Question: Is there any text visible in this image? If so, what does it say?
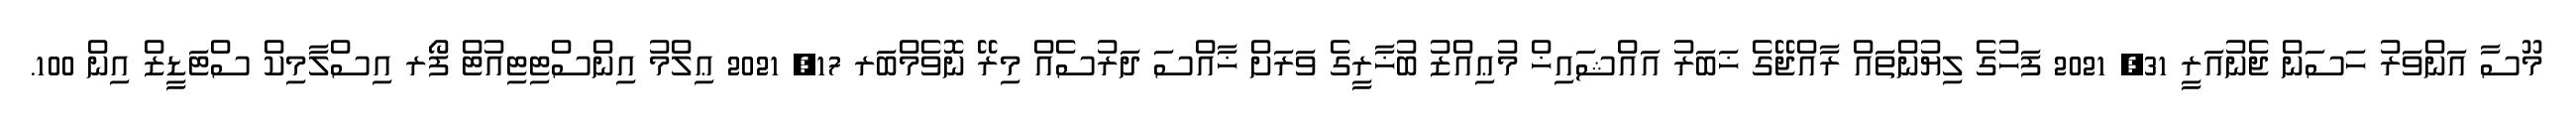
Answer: މޫސާ އަންވަރު ހަސަން ޖެނުއަރީ 31, 2021 ފަހުގެ ލިޔުންތައް ރާއްޖޭގެ ޚަބަރު އައްޝައިޚް މުޢިއްޒު ބުޚާރީގެ ވަރަށް ޚާއްސަ ދަރުސެއް މިރޭ ނޮވެމްބަރ 17, 2021 ޢިލްމު އިންސްޓިޓިއުޓް ފޯރ އިސްލާމިކް ސްޓަޑީޒް އިން 100.